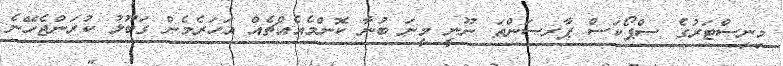
މިނިސްޓަރުގެ ސްޕޯކަސް ޕާރސަންތަ ނޫނީ މީނަ ބުނާ ކޮންމެއެއްޗެއް އަހަރެމެން ގަބޫލު ކުރަންޖެހޭނެ